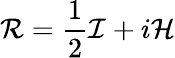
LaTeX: {\cal R}=\frac 12{\cal I}+i{\cal H}